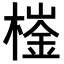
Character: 𣙌